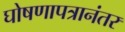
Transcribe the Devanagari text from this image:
घोषणापत्रानंतर